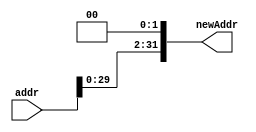
module left_shift(input wire [31:0] addr,
                    output wire [31:0] newAddr);
    assign newAddr = addr << 2'b10; 
endmodule